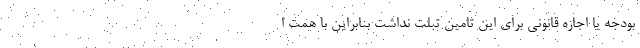
بودجه یا اجازه قانونی برای این تامین تبلت نداشت بنابراین با همت ا